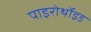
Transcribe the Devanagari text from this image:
पाइरोर्थोइड